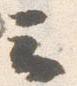
云